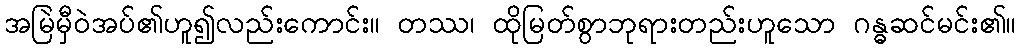
အမြဲမှီဝဲအပ်၏ဟူ၍လည်းကောင်း။ တဿ၊ ထိုမြတ်စွာဘုရားတည်းဟူသော ဂန္ဓဆင်မင်း၏။